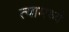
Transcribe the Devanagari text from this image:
त्‍यामध्‍ये